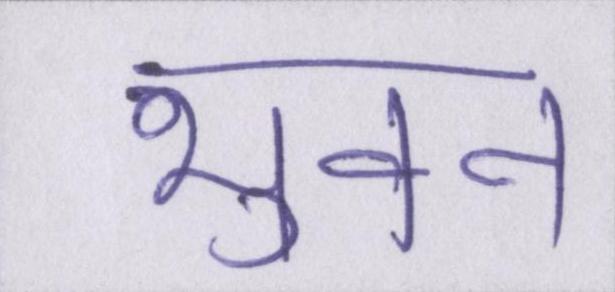
भुवन